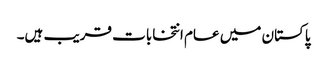
پاکستان میں عام انتخابات قریب ہیں۔